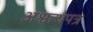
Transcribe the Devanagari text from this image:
अश्वत्थपत्र